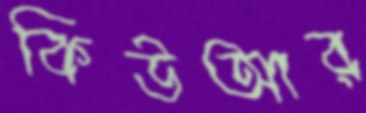
কিউআর